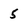
Character: 5